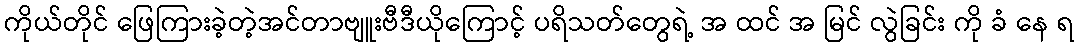
ကိုယ်တိုင် ဖြေကြားခဲ့တဲ့အင်တာဗျူးဗီဒီယိုကြောင့် ပရိသတ်တွေရဲ့ အ ထင် အ မြင် လွဲခြင်း ကို ခံ နေ ရ